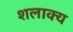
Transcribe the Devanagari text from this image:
शलाक्य